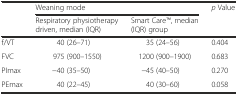
<table><thead><tr><td rowspan="2"></td><td colspan="2"><b>Weaning mode</b></td><td rowspan="2"><b><i>p</i> Value</b></td></tr><tr><td><b>Respiratory physiotherapy driven, median (IQR)</b></td><td><b>Smart CareTM, median (IQR) group</b></td></tr></thead><tbody><tr><td>f/VT</td><td>40 (26–71)</td><td>35 (24–56)</td><td>0.404</td></tr><tr><td>FVC</td><td>975 (900–1550)</td><td>1200 (900–1900)</td><td>0.683</td></tr><tr><td>Pimax</td><td>−40 (35–50)</td><td>−45 (40–50)</td><td>0.270</td></tr><tr><td>Pemax</td><td>40 (22–45)</td><td>40 (30–60)</td><td>0.058</td></tr></tbody></table>